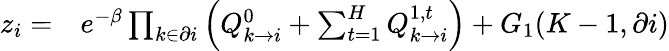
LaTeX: \begin{array}{rl}{z_{i}=}&{{}e^{-\beta}\prod_{k\in\partial i}\left(Q_{k\rightarrow i}^{0}+\sum_{t=1}^{H}Q_{k\rightarrow i}^{1,t}\right)+G_{1}(K-1,\partial i)}\end{array}